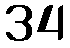
34